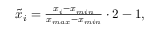
\begin{array} { r } { \tilde { x } _ { i } = \frac { x _ { i } - x _ { m i n } } { x _ { m a x } - x _ { m i n } } \cdot 2 - 1 , } \end{array}